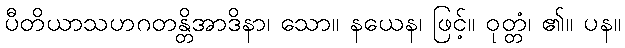
ပီတိယာသဟဂတန္တိအာဒိနာ၊ သော။ နယေန၊ ဖြင့်။ ဝုတ္တံ၊ ၏။ ပန။